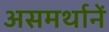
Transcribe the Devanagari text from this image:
असमर्थानें